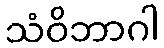
သံဝိဘာဂါ